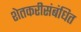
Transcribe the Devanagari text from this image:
शेतकरीसंबंधित